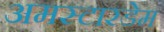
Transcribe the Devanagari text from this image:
अमस्टारडेम